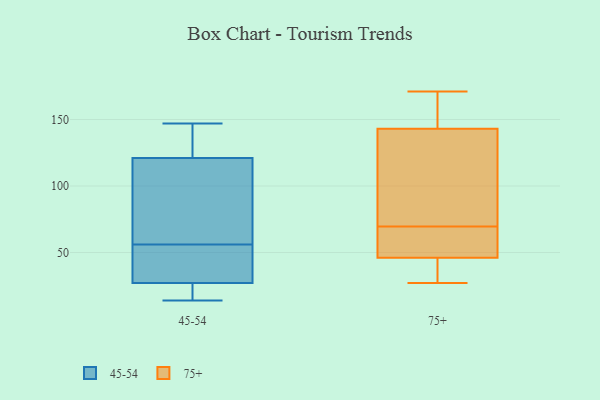
{"axis": {"x": "Gross Profit (USD K)", "y": "Value"}, "legend": ["45-54", "75+"], "data": [{"x": "", "y": 36, "type": "45-54"}, {"x": "", "y": 21, "type": "45-54"}, {"x": "", "y": 101, "type": "45-54"}, {"x": "", "y": 26, "type": "45-54"}, {"x": "", "y": 147, "type": "45-54"}, {"x": "", "y": 14, "type": "45-54"}, {"x": "", "y": 69, "type": "45-54"}, {"x": "", "y": 43, "type": "45-54"}, {"x": "", "y": 122, "type": "45-54"}, {"x": "", "y": 116, "type": "45-54"}, {"x": "", "y": 33, "type": "45-54"}, {"x": "", "y": 28, "type": "45-54"}, {"x": "", "y": 120, "type": "45-54"}, {"x": "", "y": 143, "type": "45-54"}, {"x": "", "y": 127, "type": "45-54"}, {"x": "", "y": 23, "type": "45-54"}, {"x": "", "y": 76, "type": "75+"}, {"x": "", "y": 143, "type": "75+"}, {"x": "", "y": 27, "type": "75+"}, {"x": "", "y": 68, "type": "75+"}, {"x": "", "y": 71, "type": "75+"}, {"x": "", "y": 47, "type": "75+"}, {"x": "", "y": 147, "type": "75+"}, {"x": "", "y": 46, "type": "75+"}, {"x": "", "y": 171, "type": "75+"}, {"x": "", "y": 31, "type": "75+"}]}